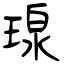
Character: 瑔